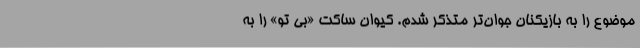
موضوع را به بازیکنان جوان‌تر متذکر شدم. کیوان ساکت «بی تو» را به